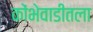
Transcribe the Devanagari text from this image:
कोंभेवाडीतला